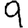
Digit: 9